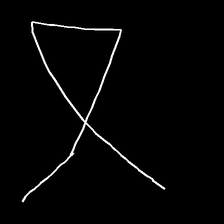
Glyph: collection